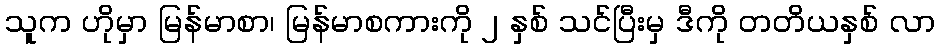
သူက ဟိုမှာ မြန်မာစာ၊ မြန်မာစကားကို ၂ နှစ် သင်ပြီးမှ ဒီကို တတိယနှစ် လာ